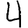
Digit: 4